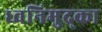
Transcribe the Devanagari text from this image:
ध्वनिमुद्र्का